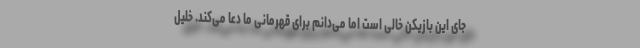
جای این بازیکن خالی است اما می‌دانم برای قهرمانی ما دعا می‌کند. خلیل